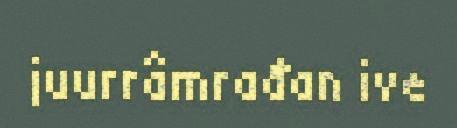
juurrâmrađan ive